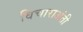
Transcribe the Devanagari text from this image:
विचाराअंती